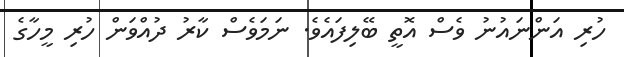
ހުރި އަންނައުނު ވެސް އޮތީ ބޭލިފައެވެ. ނަމަވެސް ކާރު ދުއްވަން ހުރި މީހާގެ